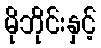
မိုဘိုင်းနှင့်